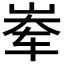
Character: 𪨶